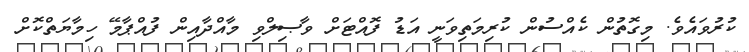
ކުރުވައެވެ. މިގޮތުން ކެއްސުން ކުރިމަތިވަނީ އަޑު ފޮއްޓަށް ވާޞިލްވި މާއްދާއިން ފުއްޕާމޭ ހިމާޔަތްކޮށް